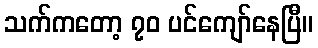
သက်ကတော့ ၇၀ ပင်ကျော်နေပြီ။